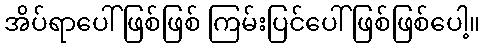
အိပ်ရာပေါ် ဖြစ်ဖြစ် ကြမ်းပြင်ပေါ်ဖြစ်ဖြစ်ပေါ့။